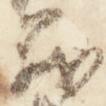
義